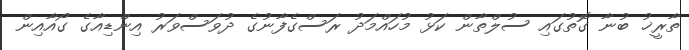
ތާރީޚު ބުނާ ގޮތުގައި ސުލްތާން ކަޅު މުހައްމަދު ރަސްގެފާނުގެ ދުވަސްވަރު އިންޑިއާގެ ގޯއާއިން